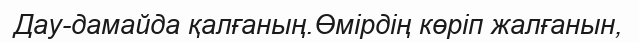
Дау-дамайда қалғаның.Өмірдің көріп жалғанын,